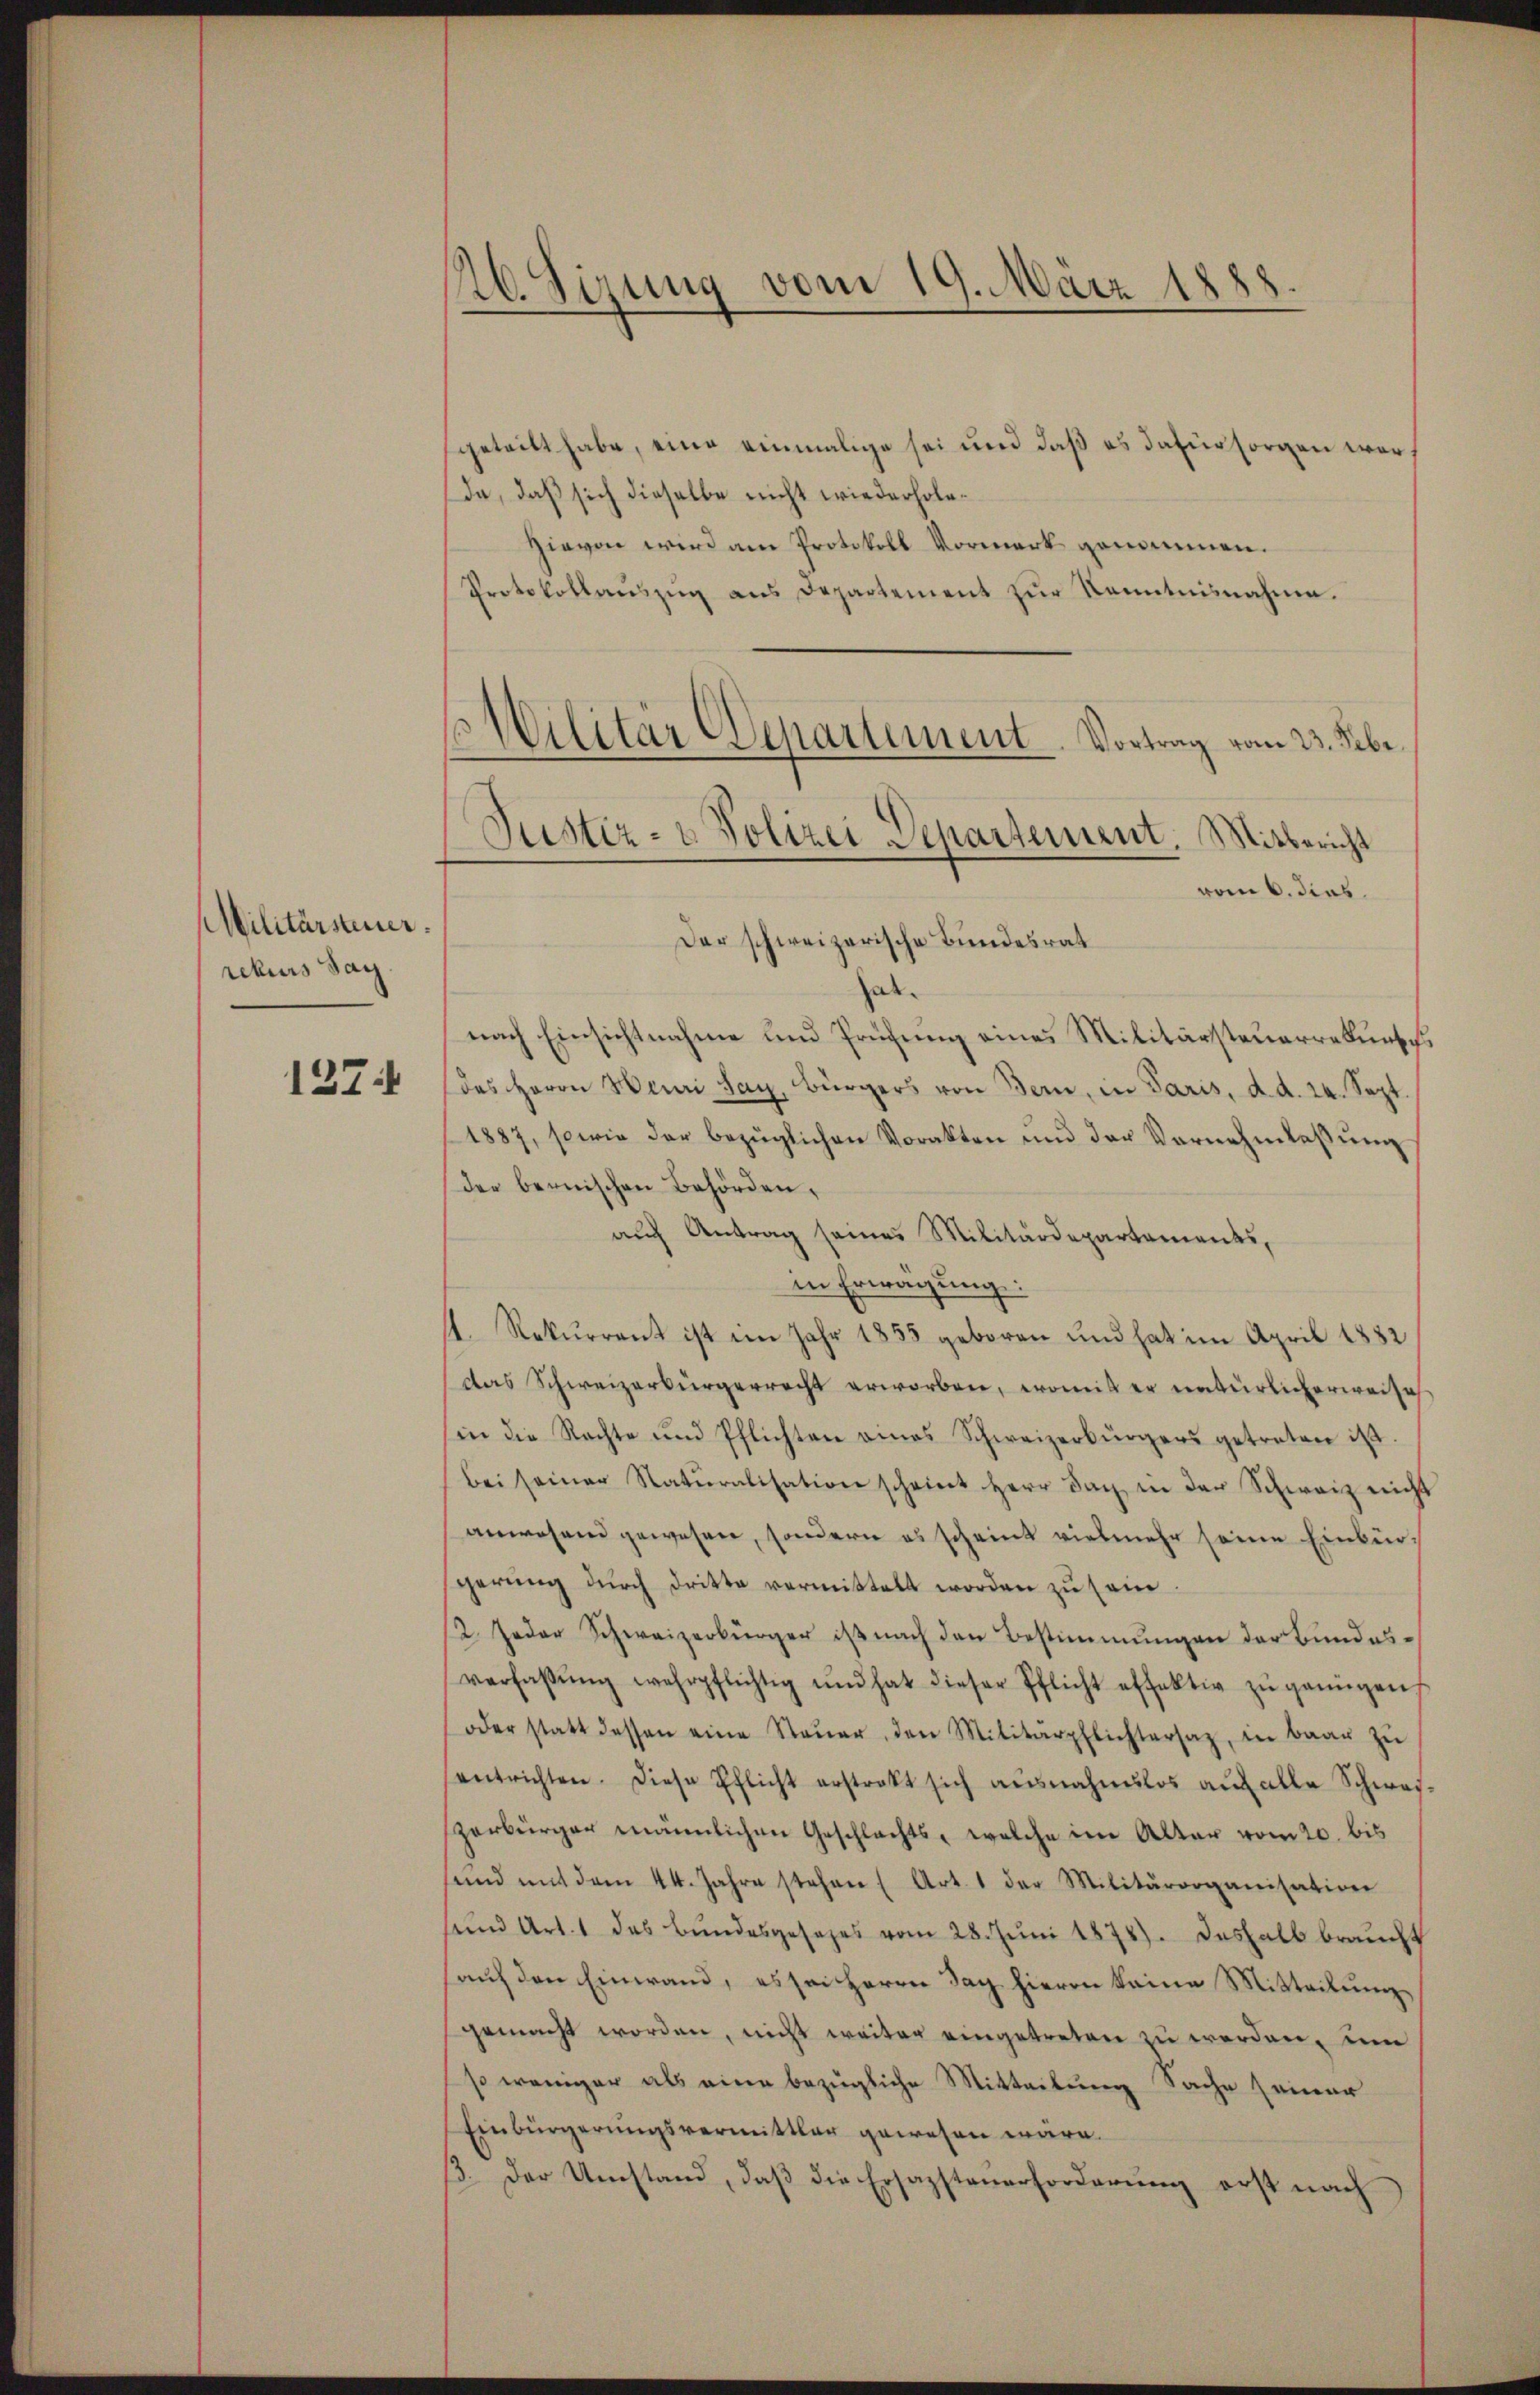
Militärsteuer.
rekurs Sach
1274

R6 Sizung vom 19. März 1888.

getritt habe, eine einmalige sei und daß es dafür sorgen war
da, daß sich dieselbe nicht wiederhole¬
Hievon wird am Protokoll Vormerk genommen.
Protokollaŭszŭg ans Departement zŭr Kenntnisnahme.
vom 6. dies
Der schweizerische Bundesrat
hat.
nach Einsichtnahme und Prüfung eines Militärsteuerredunsch,
des Herrn Henri Say, bürgers von Bern, in Paris, d. d. 24. Sept.
1887, sowie der bezüglichen Vorakten und der Vernehmlassung
der bernischen Behörden,
auch Antrag seines Militärdepartements,
in Erwägung:
1. Rekurrent ist im Jahr 1855 geboren und hat im April 1882
das Schweizerbürgerrecht erworben, womit er natürlicherweise
in die Nachte und Pflichten eines Schweizerbürgers getreten ist.
bei seiner Natŭralisation scheint Herr Dach in der Schweiz nicht
anwesend gewesen, sondern es scheint vielmehr seine Einbür-
gerung durch dritte vermittelt worden zu sein.
12. Jeder Schweizerbürger ist nach den Bestimmungen der Bundesverfassŭng wehrpflichtig und hat dieser Pflicht effektiv zŭ genügen,
oder statt dessen eine Steŭer, den Militärpflichtersaz, in baar zŭ
entrichten. Diese Pflicht erstrakt sich ausnahmslos auf alle Schwas-
zerbürger männlichen Geschlachts, welche im Alter vom 20. bis
sind mit dem 44. Jahre stehen (Art. 1 der Militärorganisation
uund Art. 1 das Bundesgesezes vom 28. Juni 1874). Deshalb braucht
auf den Einwand, es sei Herrn Tag hievon keine Mitteilung,
gemacht worden, nicht weiter eingetreten zu werden, um
so weniger als eine bezügliche Mitteilung Sache seiner
Einbürgerungsvermittler gewesen wäre.
13. Der Umstand, daß die Ersazsteuerforderung erst nach

s Militär Departement. Vortrag vom 23. Febr.
Justiz- & Polizei Departement. Mitbericht